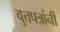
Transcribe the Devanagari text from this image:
वुत्तपत्रांनी